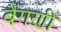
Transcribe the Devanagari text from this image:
बैंगणी